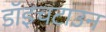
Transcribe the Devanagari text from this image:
डॉइचटाउन